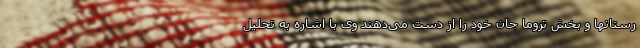
رستانها و بخش تروما جان خود را از دست می‌دهند وی با اشاره به تحلیل